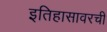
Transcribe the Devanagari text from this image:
इतिहासावरची